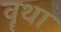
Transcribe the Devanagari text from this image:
वॄथा